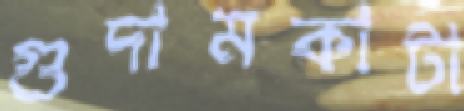
গুদামকাটা